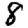
Digit: 8